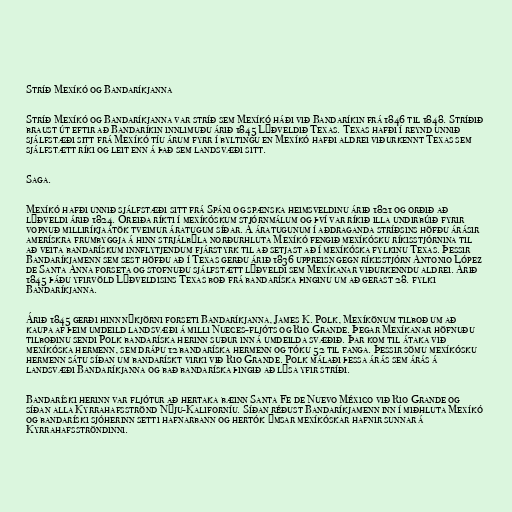
Stríð Mexíkó og Bandaríkjanna

Stríð Mexíkó og Bandaríkjanna var stríð sem Mexíkó háði við Bandaríkin frá 1846 til 1848. Stríðið
braust út eftir að Bandaríkin innlimuðu árið 1845 Lýðveldið Texas. Texas hafði í reynd unnið
sjálfstæði sitt frá Mexíkó tíu árum fyrr í byltingu en Mexíkó hafði aldrei viðurkennt Texas sem
sjálfstætt ríki og leit enn á það sem landsvæði sitt.

Saga.

Mexíkó hafði unnið sjálfstæði sitt frá Spáni og spænska heimsveldinu árið 1821 og orðið að
lýðveldi árið 1824. Óreiða ríkti í mexíkóskum stjórnmálum og því var ríkið illa undirbúið fyrir
vopnuð milliríkjaátök tveimur áratugum síðar. Á áratugunum í aðdraganda stríðsins höfðu árásir
amerískra frumbyggja á hinn strjálbýla norðurhluta Mexíkó fengið mexíkósku ríkisstjórnina til
að veita bandarískum innflytjendum fjárstyrk til að setjast að í mexíkóska fylkinu Texas. Þessir
Bandaríkjamenn sem sest höfðu að í Texas gerðu árið 1836 uppreisn gegn ríkisstjórn Antonio López
de Santa Anna forseta og stofnuðu sjálfstætt lýðveldi sem Mexíkanar viðurkenndu aldrei. Árið
1845 þáðu yfirvöld Lýðveldisins Texas boð frá bandaríska þinginu um að gerast 28. fylki
Bandaríkjanna.

Árið 1845 gerði hinn nýkjörni forseti Bandaríkjanna, James K. Polk, Mexíkönum tilboð um að
kaupa af þeim umdeild landsvæði á milli Nueces-fljóts og Rio Grande. Þegar Mexíkanar höfnuðu
tilboðinu sendi Polk bandaríska herinn suður inn á umdeilda svæðið. Þar kom til átaka við
mexíkóska hermenn, sem drápu 12 bandaríska hermenn og tóku 52 til fanga. Þessir sömu mexíkósku
hermenn sátu síðan um bandarískt virki við Rio Grande. Polk málaði þessa árás sem árás á
landsvæði Bandaríkjanna og bað bandaríska þingið að lýsa yfir stríði.

Bandaríski herinn var fljótur að hertaka bæinn Santa Fe de Nuevo México við Rio Grande og
síðan alla Kyrrahafsströnd Nýju-Kaliforníu. Síðan réðust Bandaríkjamenn inn í miðhluta Mexíkó
og bandaríski sjóherinn setti hafnarbann og hertók ýmsar mexíkóskar hafnir sunnar á
Kyrrahafsströndinni.